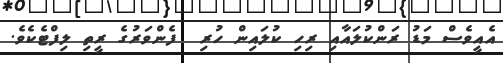
އެއީވެސް މަޑު ރަންކުލައާއި ރިހި ކުލައިން ހުރި  ފެންވަރުގެ ރީތި ލިފްޓެކެވެ.